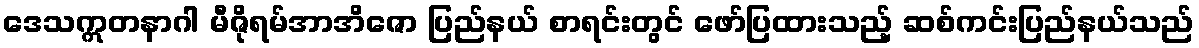
ဒေသဣတနာဂါ မီဇိုရမ်အာအိဇော ပြည်နယ် စာရင်းတွင် ဖော်ပြထားသည့် ဆစ်ကင်းပြည်နယ်သည်